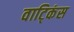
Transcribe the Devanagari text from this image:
वाट्किंस